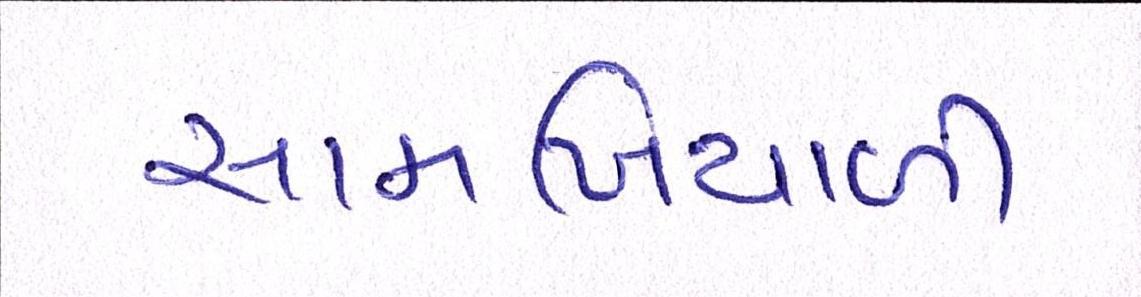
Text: સામખિયાળી